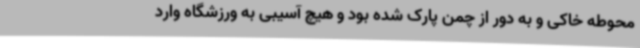
محوطه خاکی و به دور از چمن پارک شده بود و هیچ آسیبی به ورزشگاه وارد